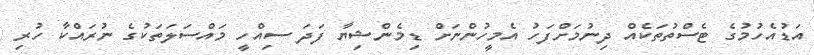
އަޑުއެހުމުގެ ޓެސްތުތަކެއް ދިނުމަށްފަހު އެމީހުންނަށް ޑިމެންޝިޔާ ފަދަ ސިއްހީ މައްސަލަތަކުގެ ނުރައްކާ ހުރި